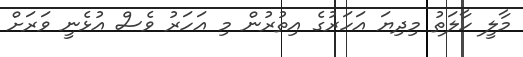
މާލީ ހާލަތު މިދިޔަ އަހަރުގެ އިތުރުން މި އަހަރު ވެސް އުޅެނީ ވަރަށް